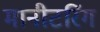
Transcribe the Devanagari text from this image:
मानीटरिंग